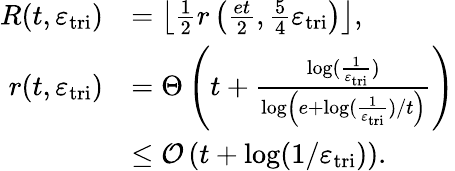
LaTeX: \begin{array}{rl}{R(t,\varepsilon_{\mathrm{tri}})}&{=\left\lfloor\frac{1}{2}r\left(\frac{et}{2},\frac{5}{4}\varepsilon_{\mathrm{tri}}\right)\right\rfloor,}\\ {r(t,\varepsilon_{\mathrm{tri}})}&{=\Theta\left(t+\frac{\log(\frac{1}{\varepsilon_{\mathrm{tri}}})}{\log\left(e+\log(\frac{1}{\varepsilon_{\mathrm{tri}}})/t\right)}\right)}\\ &{\leq\mathcal{O}\left(t+\log(1/\varepsilon_{\mathrm{tri}})\right).}\end{array}